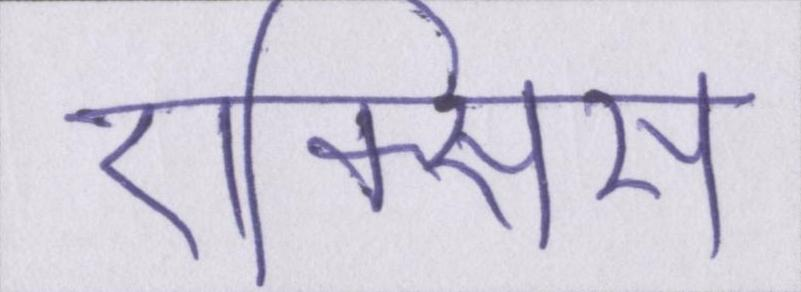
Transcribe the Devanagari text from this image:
ऐक्सिस